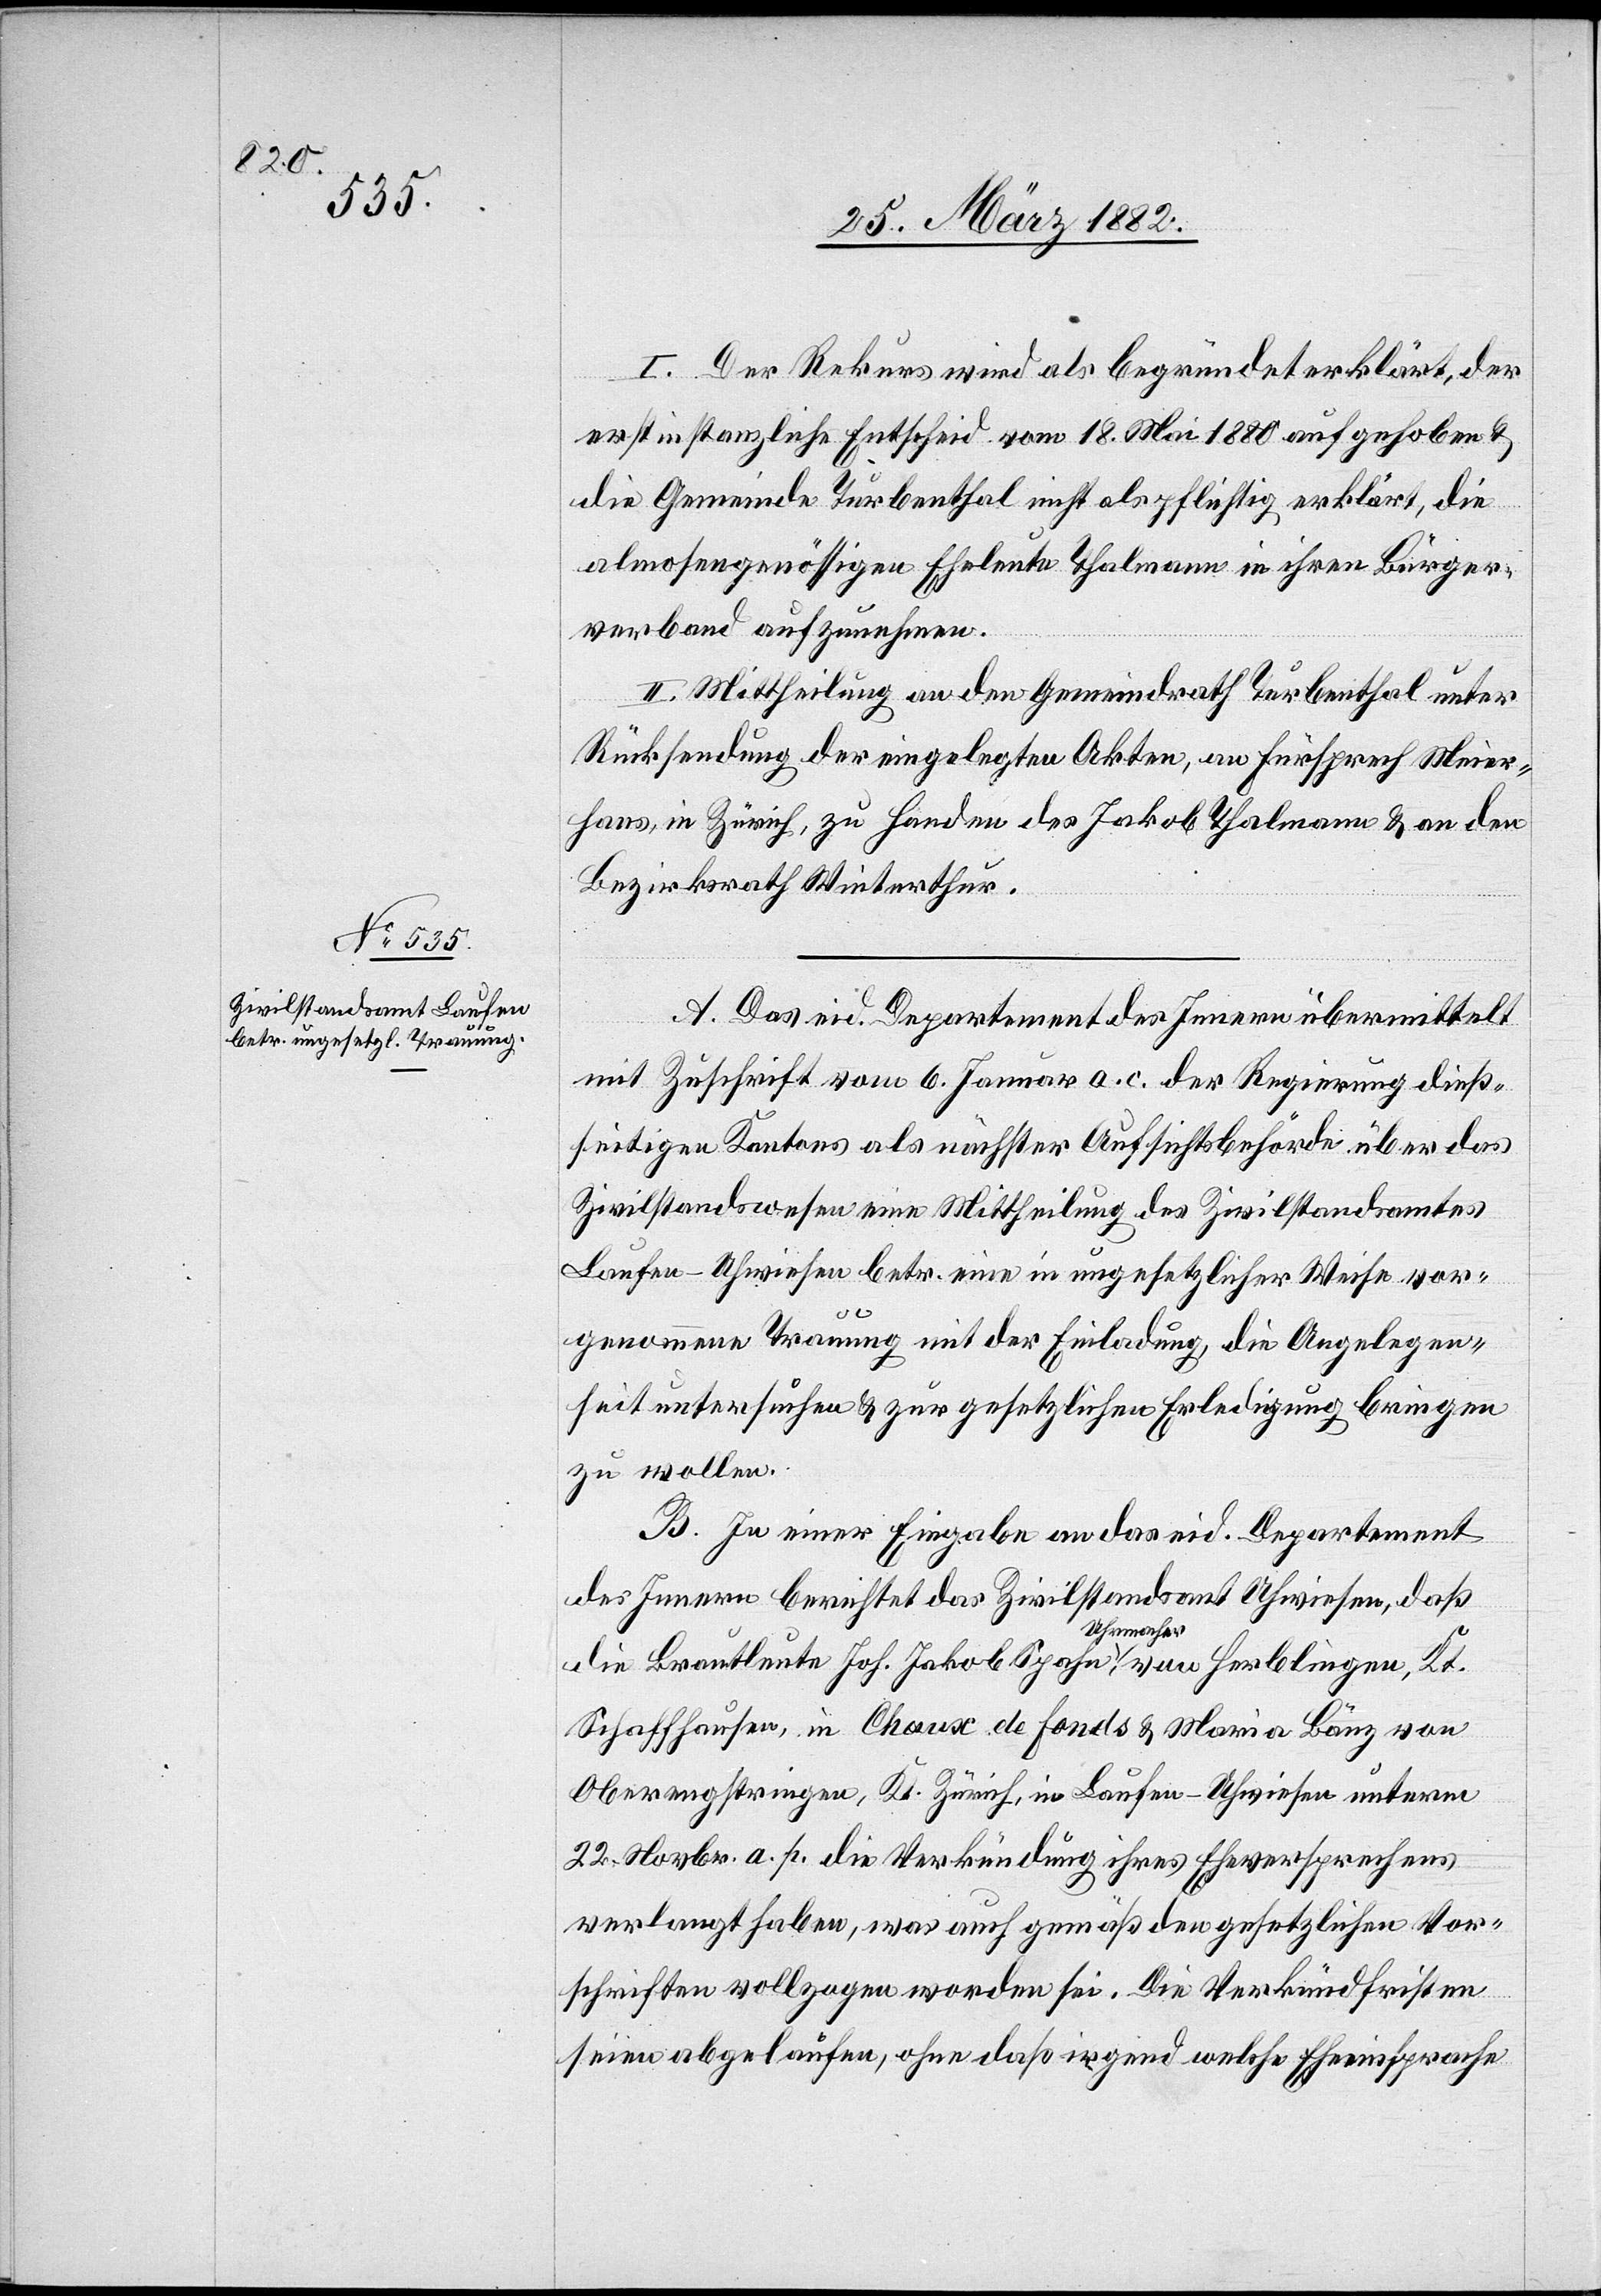
A. Das eid. Departement des Innern übermittelt
mit Zuschrift vom 6. Januar a. c. der Regierung dieß¬
seitigen Kantons als nächster Aufsichtsbehörde über das
Zivilstandswesen eine Mittheilung des Zivilstandsamtes
Laufen-Uhwiesen betr. eine in ungesetzlicher Weise vor¬
genommene Trauung mit der Einladung, die Angelegen¬
heit untersuchen & zur gesetzlichen Erledigung bringen
zu wollen.
B. In einer Eingabe an das eid. Departement
des Innern berichtet das Zivilstandsamt Uhwiesen, daß
die Brautleute Joh. Jakob Spahe, a-Uhrmacher-a, von
Schaffhausen, in Chaux de fonds & Maria Bänz von
Oberengstringen, Kt. Zürich, in Laufen-Uhwiesen unterm
22. Novbr. a. p. die Verkündung ihres Eheversprechens
verlangt haben, was auch gemäß den gesetzlichen Vor¬
schriften vollzogen worden sei. Die Verkündfristen
seien abgelaufen, ohne daß irgend welche Eheeinsprache